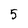
Character: 5